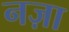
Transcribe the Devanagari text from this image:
नज़ा